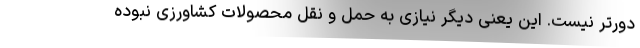
دورتر نیست. این یعنی دیگر نیازی به حمل و نقل محصولات کشاورزی نبوده